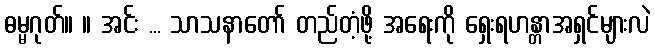
ဓမ္မဂုတ်။ ။ အင်း ... သာသနာတော် တည်တံ့ဖို့ အရေးကို ရှေးရဟန္တာအရှင်များလဲ